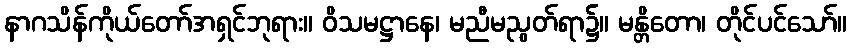
နာဂသိန်ကိုယ်တော်အရှင်ဘုရား။ ဝိသမဋ္ဌာနေ၊ မညီမညွတ်ရာ၌။ မန္တိတော၊ တိုင်ပင်သော်။